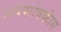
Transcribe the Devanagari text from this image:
अवशोषकांग